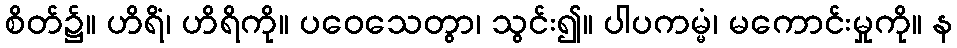
စိတ်၌။ ဟိရိံ၊ ဟိရိကို။ ပဝေသေတွာ၊ သွင်း၍။ ပါပကမ္မံ၊ မကောင်းမှုကို။ န